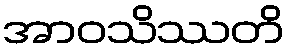
အာဝသိဿတိ